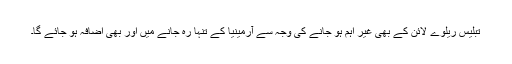
تبلیس ریلوے لائن کے بھی غیر اہم ہو جانے کی وجہ سے آرمینیا کے تنہا رہ جانے میں اور بھی اضافہ ہو جائے گا۔